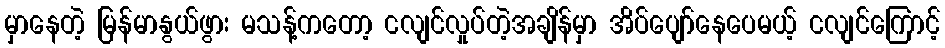
မှာနေတဲ့ မြန်မာနွယ်ဖွား မသန့်ကတော့ ငလျင်လှုပ်တဲ့အချိန်မှာ အိပ်ပျော်နေပေမယ့် ငလျင်ကြောင့်